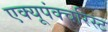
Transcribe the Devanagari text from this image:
एक्यूपंक्चरिस्ट